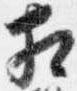
相